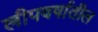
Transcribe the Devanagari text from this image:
लीपवर्षातील